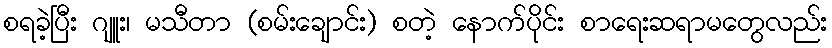
စရခဲ့ပြီး ဂျူး၊ မသီတာ (စမ်းချောင်း) စတဲ့ နောက်ပိုင်း စာရေးဆရာမတွေလည်း